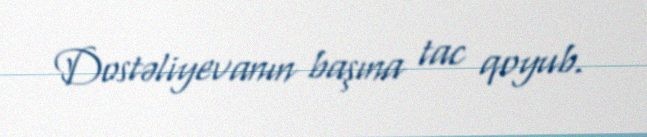
Dostəliyevanın başına tac qoyub.